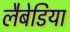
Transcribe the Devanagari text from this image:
लैबेडिया